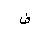
Letter: _fa